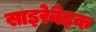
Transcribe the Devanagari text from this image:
साइरेनेइक